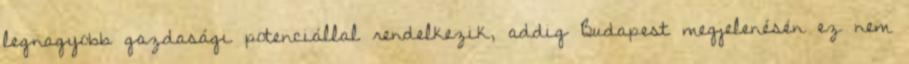
legnagyobb gazdasági potenciállal rendelkezik, addig Budapest megjelenésén ez nem